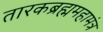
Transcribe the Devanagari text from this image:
तारकब्रह्ममहामंत्र